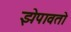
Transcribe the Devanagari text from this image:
झेपावतो